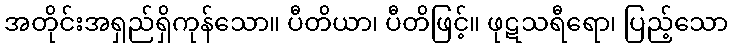
အတိုင်းအရှည်ရှိကုန်သော။ ပီတိယာ၊ ပီတိဖြင့်။ ဖုဋသရီရော၊ ပြည့်သော